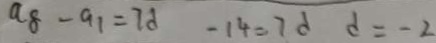
a _ { 8 } - a _ { 1 } = 7 d - 1 4 = 7 d d = - 2